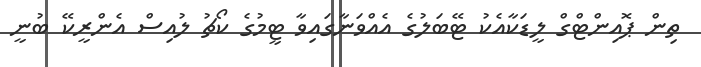
ތިން ޕޮއިންޓްގް ލީޑަކާއެކު ޓޭބަލުގެ އެއްވަނާގައިވާ ޓީމުގެ ކޯޗު ލުއިސް އެންރީކޭ ބުނީ